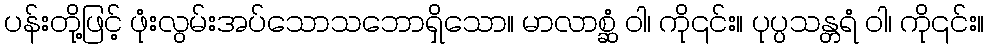
ပန်းတို့ဖြင့် ဖုံးလွမ်းအပ်သောသဘောရှိသော။ မာလာစ္ဆံ ဝါ၊ ကို၎င်း။ ပုပ္ပသန္တရံ ဝါ၊ ကို၎င်း။